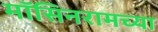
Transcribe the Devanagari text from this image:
मॉसिनरामच्या